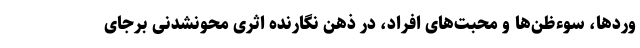
وردها، سوءظن‌ها و محبت‌های افراد، در ذهن نگارنده اثری محونشدنی برجای